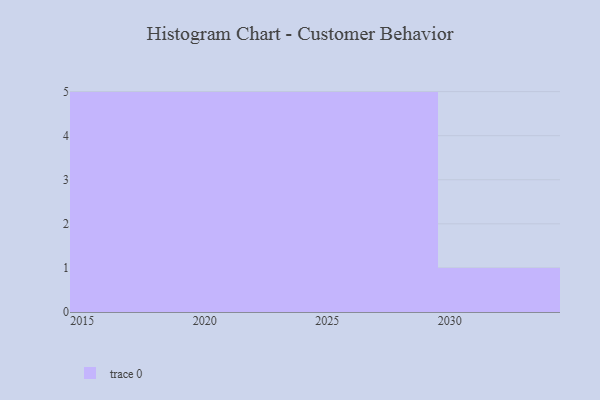
{"axis": {"x": "Year", "y": "Customer Acquisition Cost (USD)"}, "legend": [""], "data": [{"x": "2015", "y": 60, "type": ""}, {"x": "2022", "y": 90, "type": ""}, {"x": "2029", "y": 78, "type": ""}, {"x": "2023", "y": 20, "type": ""}, {"x": "2019", "y": 73, "type": ""}, {"x": "2028", "y": 79, "type": ""}, {"x": "2026", "y": 28, "type": ""}, {"x": "2018", "y": 17, "type": ""}, {"x": "2021", "y": 17, "type": ""}, {"x": "2027", "y": 77, "type": ""}, {"x": "2025", "y": 23, "type": ""}, {"x": "2017", "y": 56, "type": ""}, {"x": "2016", "y": 4, "type": ""}, {"x": "2030", "y": 35, "type": ""}, {"x": "2020", "y": 85, "type": ""}, {"x": "2024", "y": 32, "type": ""}]}